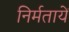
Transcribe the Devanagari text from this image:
निर्मतायें